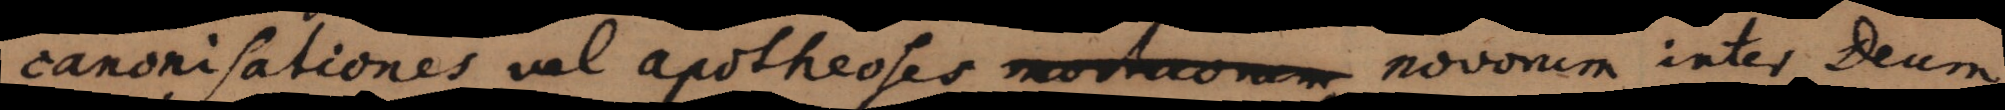
canonisationes vel apotheoses novorum inter Deum